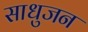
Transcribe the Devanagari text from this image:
साधुजन